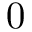
0